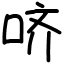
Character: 哜